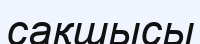
сақшысы